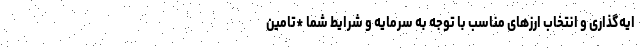
ایه‌گذاری و انتخاب ارزهای مناسب با توجه به سرمایه و شرایط شما *تامین